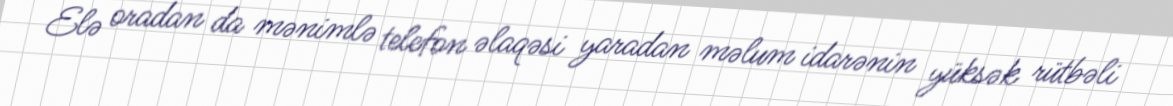
Elə oradan da mənimlə telefon əlaqəsi yaradan məlum idarənin yüksək rütbəli